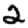
Digit: 2